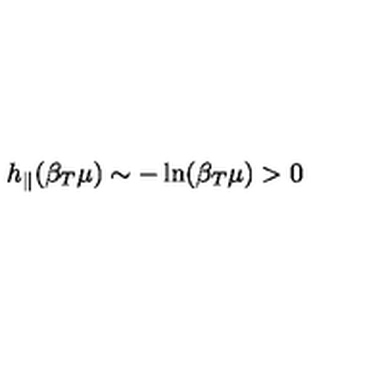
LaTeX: h _ { \parallel } ( \beta _ { T } \mu ) \sim - \ln ( \beta _ { T } \mu ) > 0